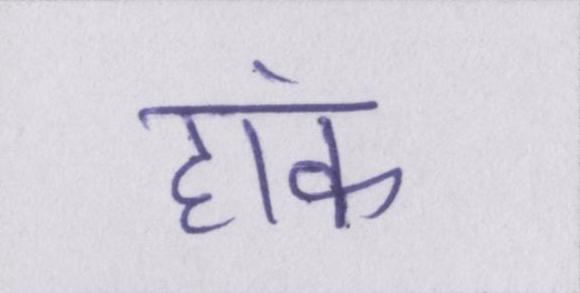
हांक